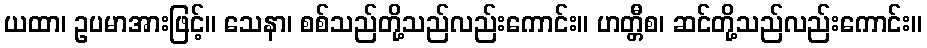
ယထာ၊ ဥပမာအားဖြင့်။ သေနာ၊ စစ်သည်တို့သည်လည်းကောင်း။ ဟတ္တီစ၊ ဆင်တို့သည်လည်းကောင်း။